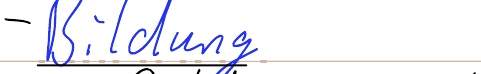
- Bildung